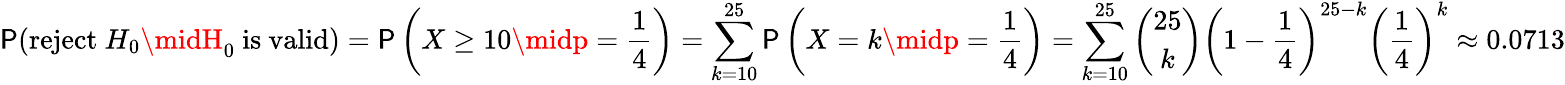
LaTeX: \mathsf{P}({\mathrm{{reject~}}}H_{0}\midH_{0}{\mathrm{{~is~valid}}})=\mathsf{P}\left(X\geq10\midp={\frac{{1}}{{4}}}\right)=\sum_{k=10}^{25}\mathsf{P}\left(X=k\midp={\frac{{1}}{{4}}}\right)=\sum_{k=10}^{25}{\binom{25}{k}}\left(1-{\frac{{1}}{{4}}}\right)^{25-k}\left({\frac{{1}}{{4}}}\right)^{k}\approx0.0713